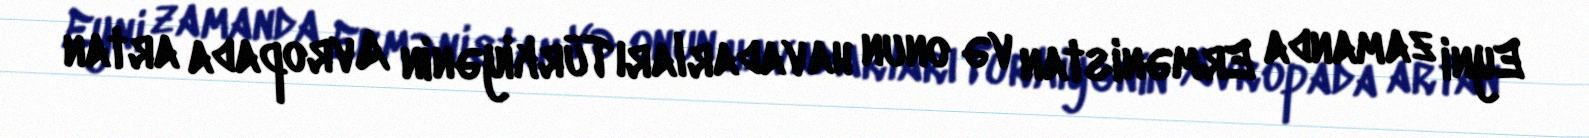
Eyni zamanda Ermənistan və onun havadarları Türkiyənin Avropada artan